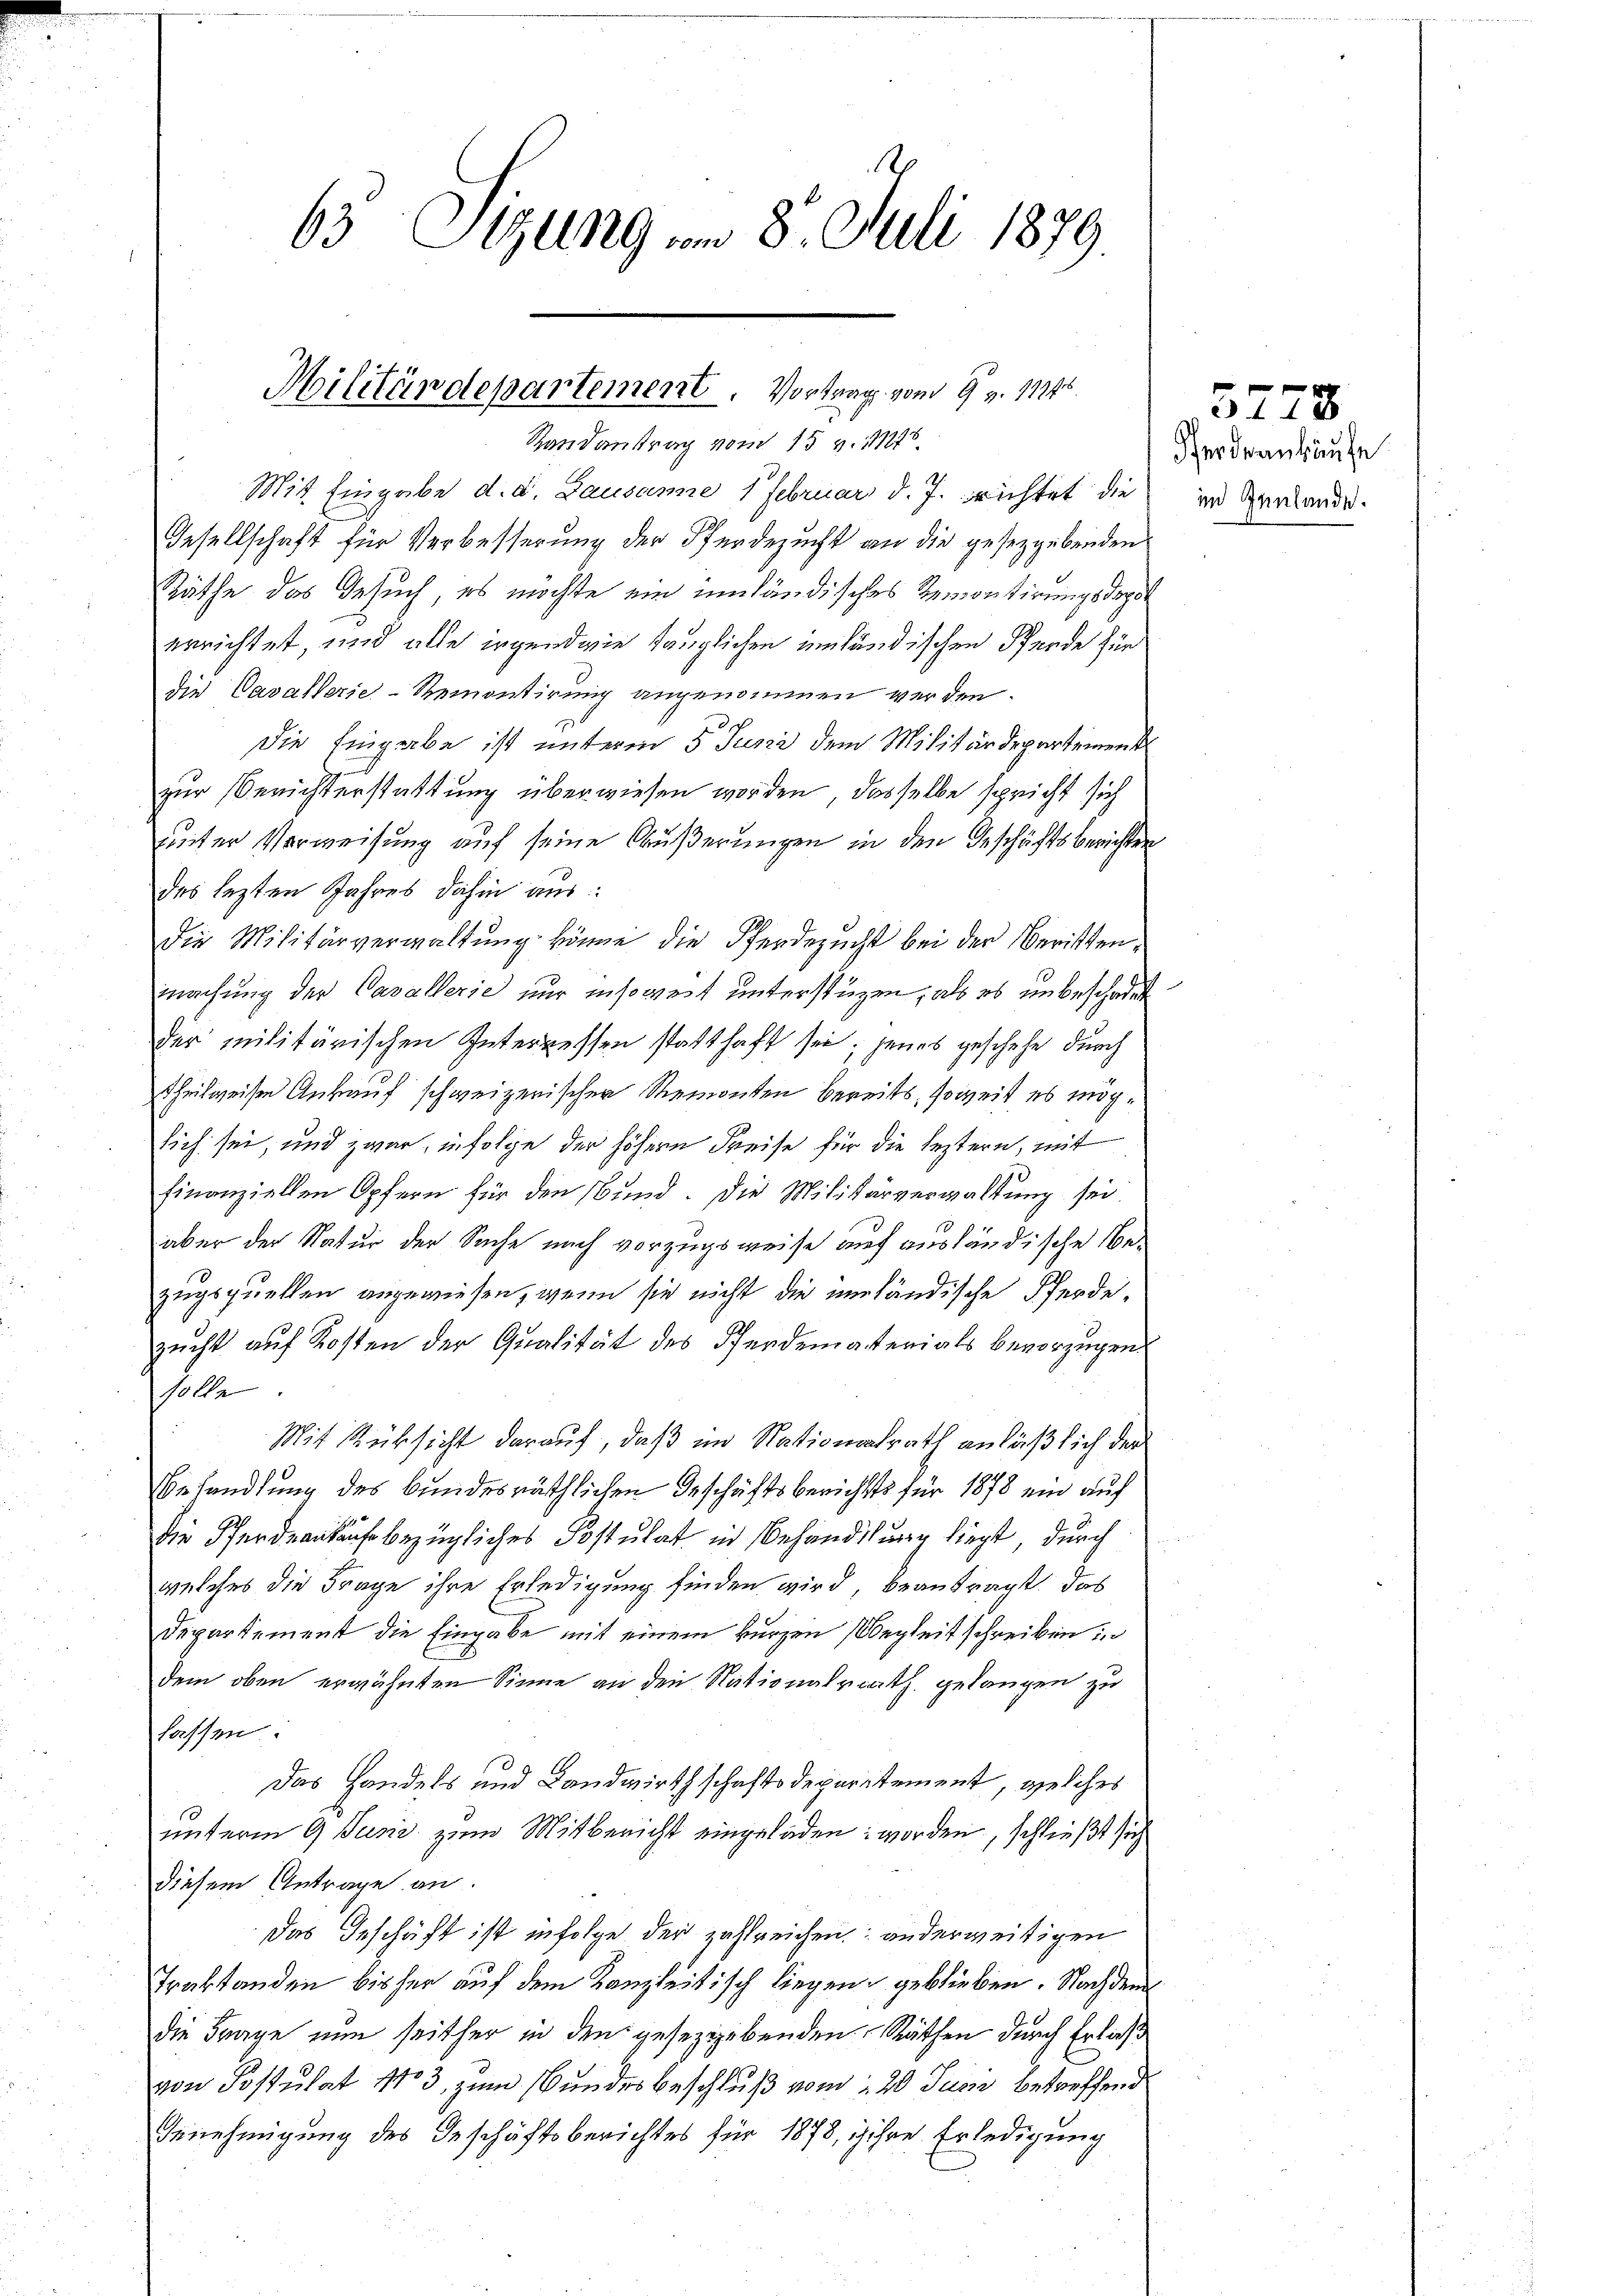
65 Sitzung am 8. Juli 1879

Militärdepartement. Vortrag vom 9. v. 11845.

Randantrag vom 15 v. Mts.
Mit Eingabe d. d. Lausanne 1 Februar d. J. richtet die
Gesellschaft für Verbesserung der Pferdezucht an die gesetzgebenden
Räthe das Gesuch, es möchte ein inländisches Remontirungsdopot
errichtet, und alle irgendwie tauglichen einländischen Pende für
die Cavallerie-Remontirung angenommen werden.
Die Eingabe ist unterm 5. Juni dem Militärdepartement
zur Berichterstattung überwiesen worden, dasselbe spricht sich
Einter Verweisung auf seine Äußerungen in den Geschäftsberichten
des lezten Jahres dahin aus:
Die Militärverwaltŭng könne die Pferdezucht bei der Beritten,
machung der Cavallerie nur insoweit unterstüzen, als es unbeschadet
der militärischen Interpressen statthaft sei, jenes geschehe durch
Theilweisen Ankauf schweizerischen Remonten bereits, soweit es möchsich sei, und zwar, infolge der höhern Reise für die leztern, mit
finanziellen Opfern für den Bund. Die Militärverwaltung sei
aber der Natur der Sache nach vorzugsweise auf ausländische Bezugsquellen angewiesen, wenn sie nicht die umständische Pferde.
zucht auf Kosten der Qualität des Pferdematerials bevorzügen.
solle
Mit Rücksicht darauf, daß im Nationalrath anläßlich der
Behandlung des Bundesräthlichen Geschäftsberichts für 1878 ein auf
die Pferdankauf bezügliches Postulat in Behandlung liegt, durch
welches die Frage ihre Erledigung finden wird beantragt, das
Departement die Eingabe mit einem kurzen Begleitschreiben in
dem oben erwähnten Sinne an den Nationalrath gelangen zu
hassen
Das Handels und Landwirthschaftsdepartement, welches
unterm 9 Juni zum Mitbericht eingeladen worden, schließt sich
diesem Antrage an.
Das Geschäft ist infolge der zahlreichen anderweitigen
Traktanden bisher auf dem Kanzleitisch liegen geblieben. Nachdem
die Frage nun seither in den gesezggebenden Räthen durch Erlaß
von Postulat 1803, zum Bundes beschluß vom 20. Juni betreffend
Genehmigung des Geschäftsberichtes für 1878, ihre Erledigung

Pferdrankäufe
in Genlande.

3778